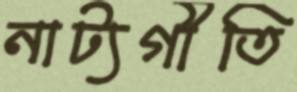
নাট্যগীতি